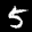
Label: 5